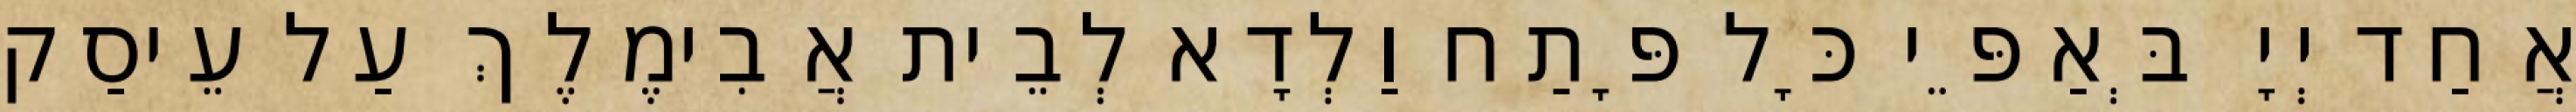
אֲחַד יְיָ בְּאַפֵּי כָּל פָּתַח וַלְדָא לְבֵית אֲבִימֶלֶךְ עַל עֵיסַק